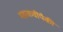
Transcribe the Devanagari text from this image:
महाकवींपैकी